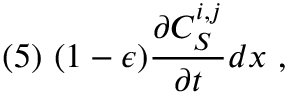
( 5 ) \ ( 1 - \epsilon ) \frac { \partial C _ { S } ^ { i , j } } { \partial t } d x \ ,